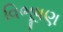
વિભૂષણ